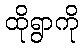
ထိုရွာကို